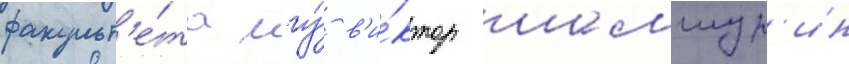
факульт'е́та мгу́ в'и́ктор шамшур'ин